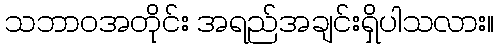
သဘာဝအတိုင်း အရည်အချင်းရှိပါသလား။